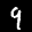
Label: 9